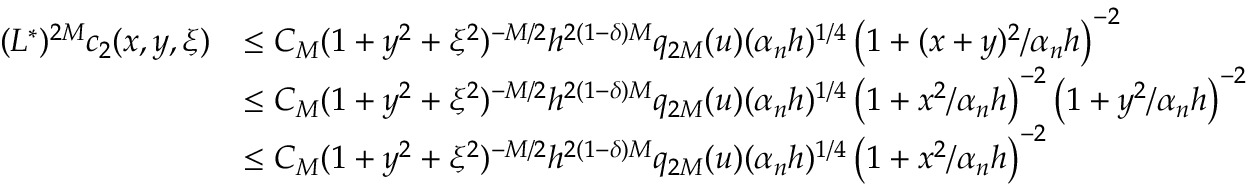
\begin{array} { r l } { ( L ^ { * } ) ^ { 2 M } c _ { 2 } ( x , y , \xi ) } & { \leq C _ { M } ( 1 + y ^ { 2 } + \xi ^ { 2 } ) ^ { - M / 2 } h ^ { 2 ( 1 - \delta ) M } q _ { 2 M } ( u ) ( \alpha _ { n } h ) ^ { 1 / 4 } \left( 1 + ( x + y ) ^ { 2 } / \alpha _ { n } h \right) ^ { - 2 } } \\ & { \leq C _ { M } ( 1 + y ^ { 2 } + \xi ^ { 2 } ) ^ { - M / 2 } h ^ { 2 ( 1 - \delta ) M } q _ { 2 M } ( u ) ( \alpha _ { n } h ) ^ { 1 / 4 } \left( 1 + x ^ { 2 } / \alpha _ { n } h \right) ^ { - 2 } \left( 1 + y ^ { 2 } / \alpha _ { n } h \right) ^ { - 2 } } \\ & { \leq C _ { M } ( 1 + y ^ { 2 } + \xi ^ { 2 } ) ^ { - M / 2 } h ^ { 2 ( 1 - \delta ) M } q _ { 2 M } ( u ) ( \alpha _ { n } h ) ^ { 1 / 4 } \left( 1 + x ^ { 2 } / \alpha _ { n } h \right) ^ { - 2 } } \end{array}